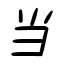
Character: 当